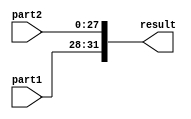
module concatForJump(part1, part2,result);
input [3:0]part1;
input [27:0]part2;
output reg [31:0]result;
always @(part1,part2)begin
result={part1,part2};
end
endmodule